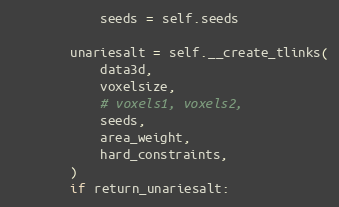
Language: Python
            seeds = self.seeds

        unariesalt = self.__create_tlinks(
            data3d,
            voxelsize,
            # voxels1, voxels2,
            seeds,
            area_weight,
            hard_constraints,
        )
        if return_unariesalt: